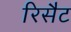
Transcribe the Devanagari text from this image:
रिसैट